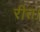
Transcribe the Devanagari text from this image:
रीत।